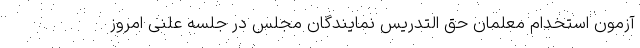
آزمون استخدام معلمان حق التدریس نمایندگان مجلس در جلسه علنی امروز